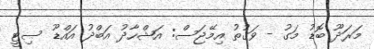
މަރަދޫ ބޮޑު މަގު - ވަގުތު އިމޭޖަސް: އަޝްހާދު އަބްދު އައްޑޫ ސިޓީ